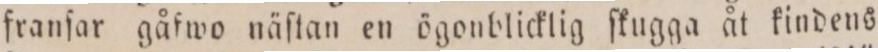
franſar gåfwo näſtan en ögonblicklig ſkugga åt kindens